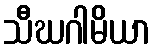
သီဃဂါမိယာ